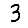
Digit: 3